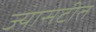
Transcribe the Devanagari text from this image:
ज्यासटीत